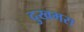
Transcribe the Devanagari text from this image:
दुखभरा